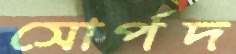
সোর্পদ